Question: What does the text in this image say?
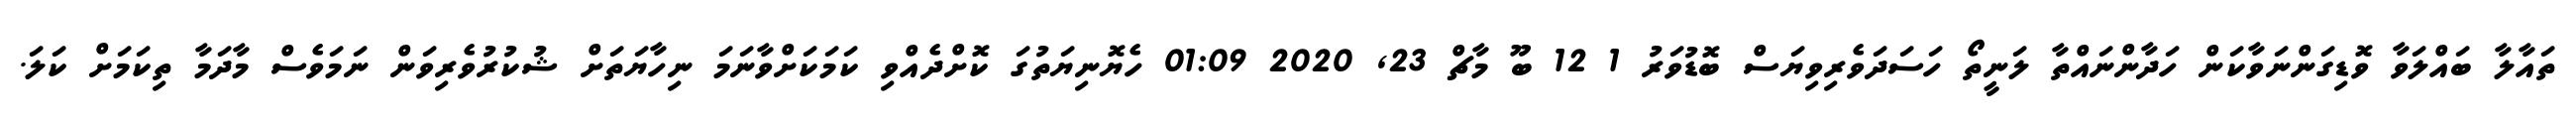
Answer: ތައާލާ ބައްލަވާ ވޮޑިގަންނަވާކަން ހަދާންނައްތާ ލަނީތޯ ހަސަދަވެރިވިޔަސް ބޮޑުވަރު 1 12 ބޫ މާޗް 23, 2020 01:09 ހެޔޮނިޔަތުގަ ކޮށްދެއްވި ކަމަކަށްވާނަމަ ނިހާޔަތަށް ޝުކުރުވެރިވަން ނަމަވެސް މާދަމާ ތިކަމަށް ކަލަ.